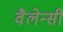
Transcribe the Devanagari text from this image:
वैलेन्सी